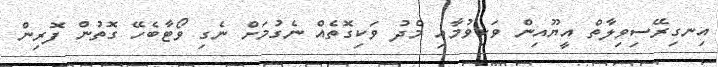
އިނގިރޭސިވިލާތް އީޔޫއިން ވަކިވުމާއި މެދު ވަކިގޮތެއް ނެގުމަށް ނެގި ވޯޓާބެހޭ ގޮތުން ފޮރިން